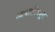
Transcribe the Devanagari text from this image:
आघाडीमधून